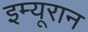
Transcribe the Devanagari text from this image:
इम्यूरान